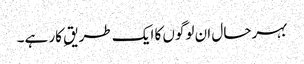
بہرحال ان لوگوں کا ایک طریقِ کار ہے۔